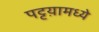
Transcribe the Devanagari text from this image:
पट्टय़ामध्ये